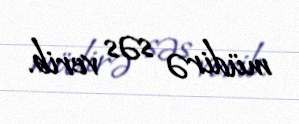
müdirə səs verib.